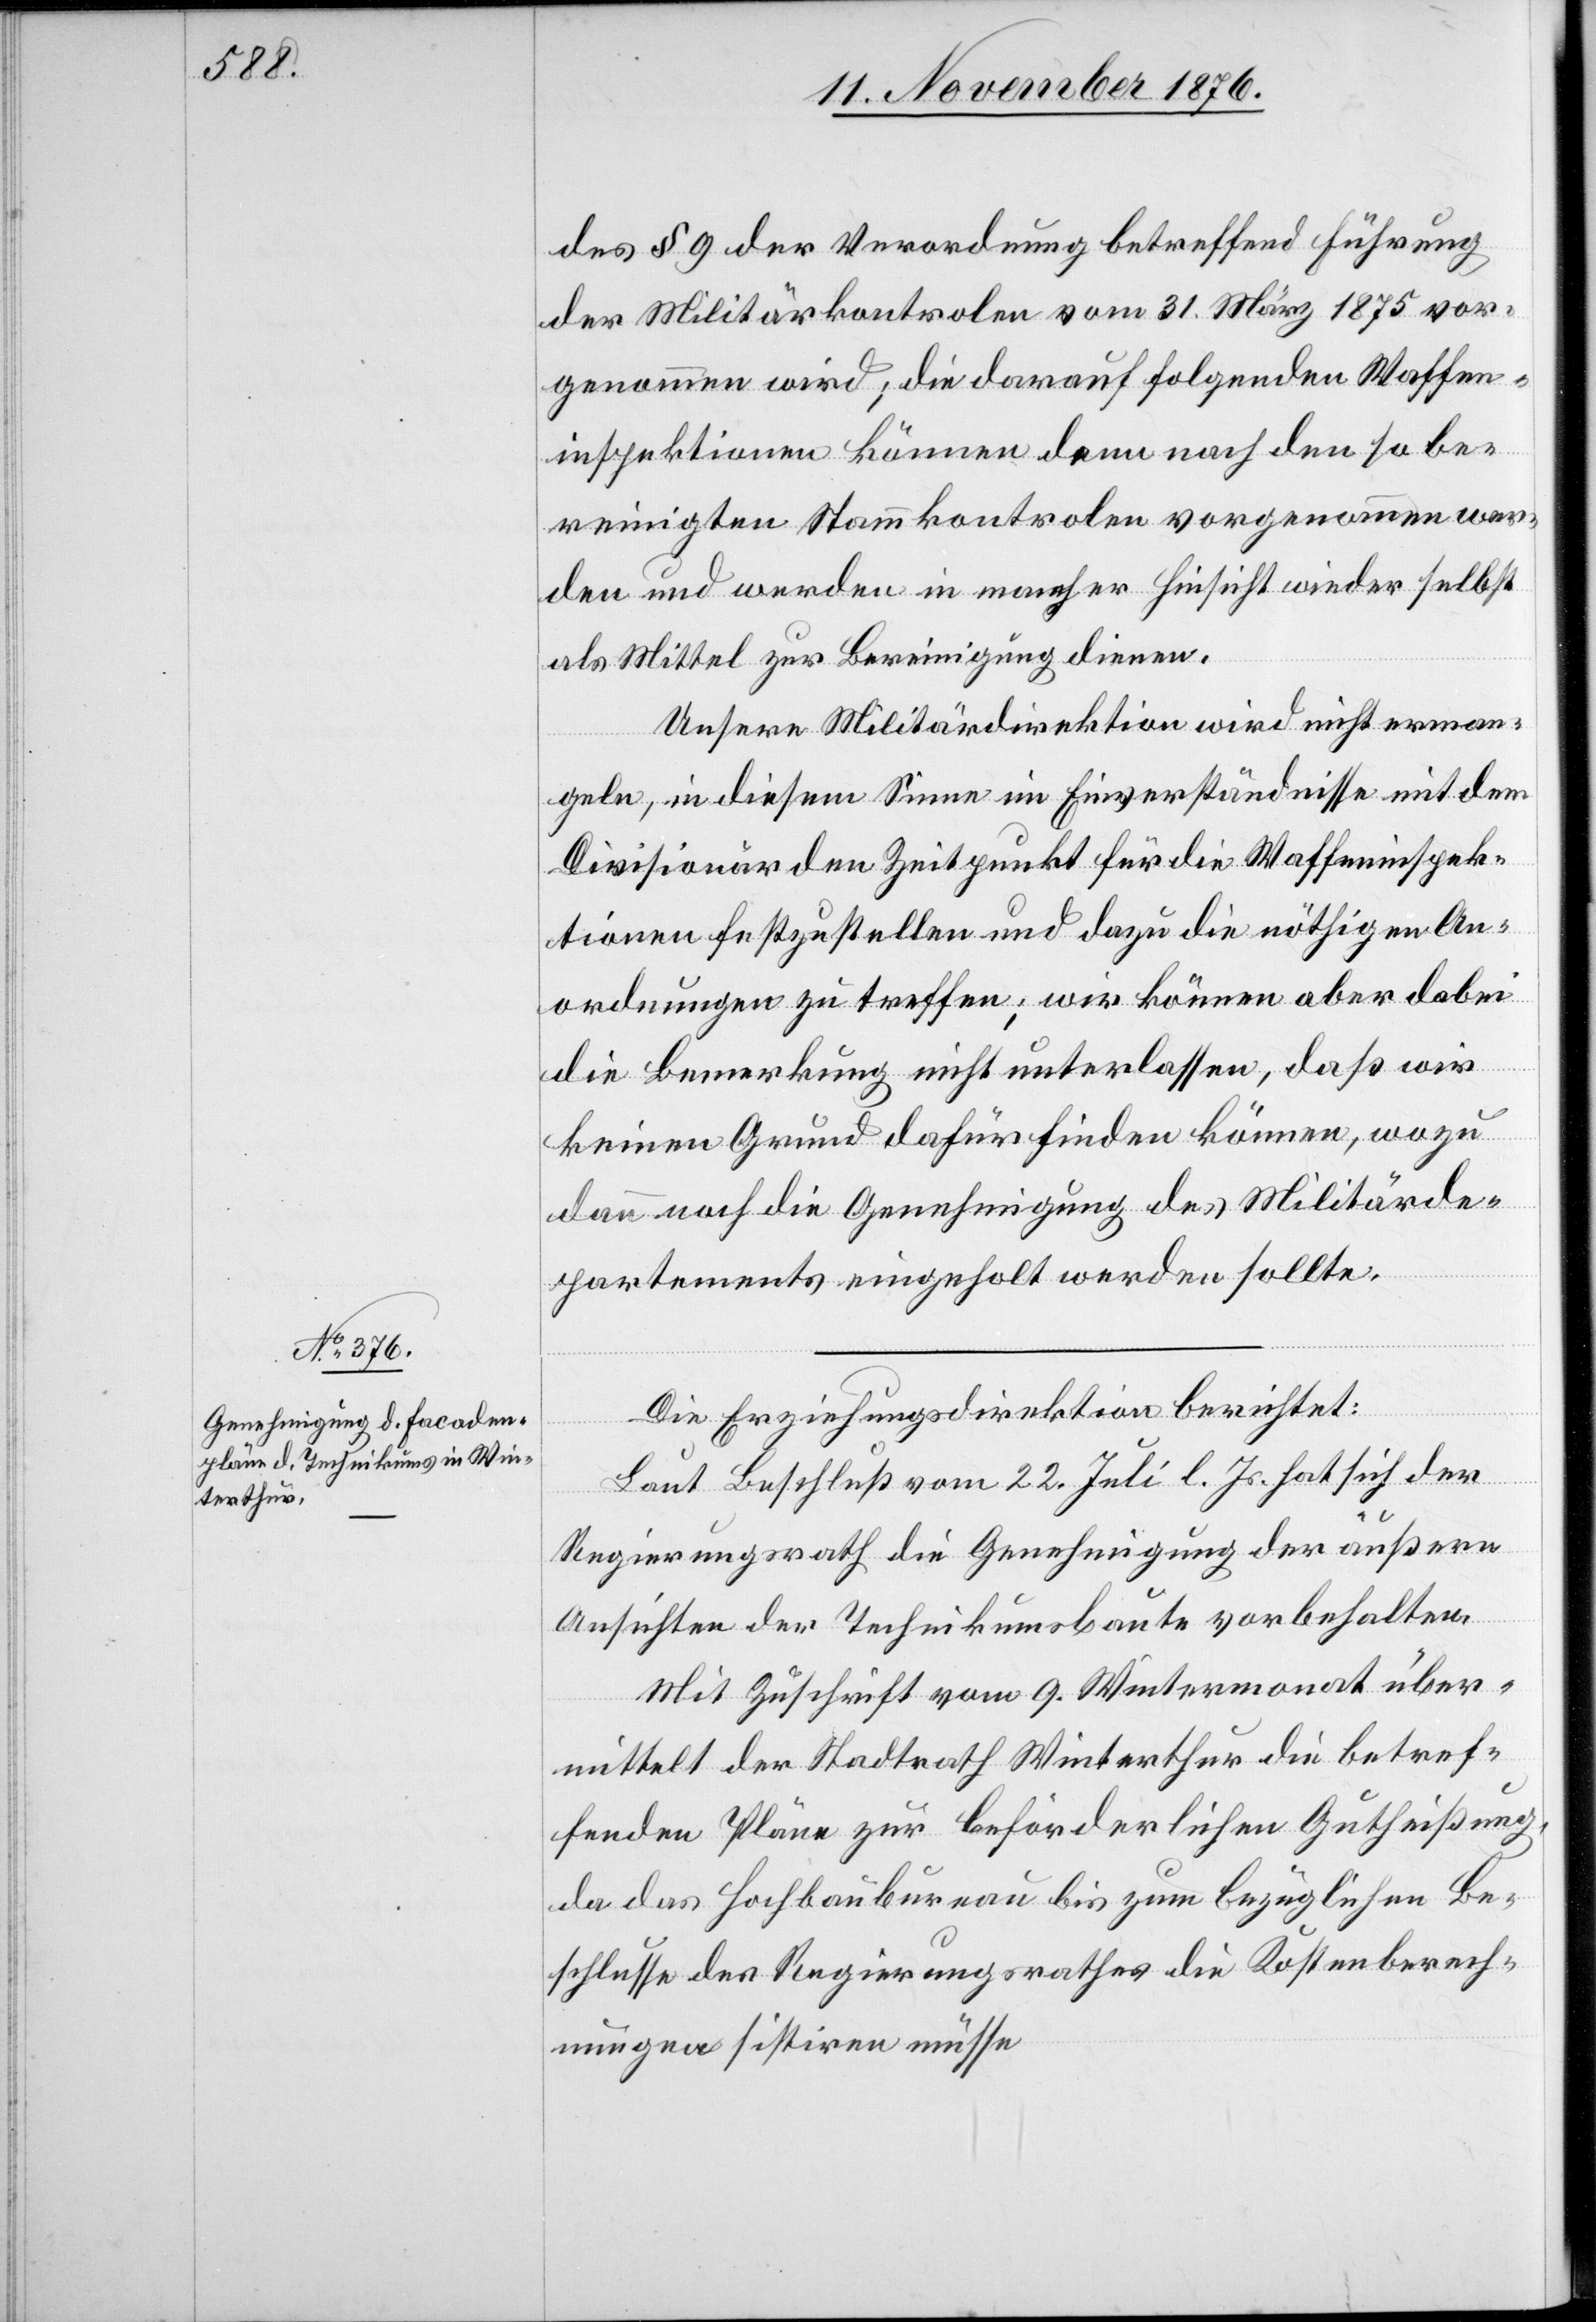
des § 9 der Verordnung betreffend Führung
der Militärkontrolen vom 31. März 1875 vor¬
genommen wird; die darauf folgenden Waffen¬
inspektionen können dann nach den so be¬
reinigten Stammkontrolen vorgenommen wer¬
den und werden in mancher Hinsicht wieder selbst
als Mittel zur Bereinigung dienen.
Unsere Militärdirektion wird nicht erman¬
geln, in diesem Sinne im Einverständnisse mit dem
Divisionär den Zeitpunkt für die Waffeninspek¬
tionen festzustellen und dazu die nöthigen An¬
ordnungen zu treffen; wir können aber dabei
die Bemerkung nicht unterlassen, daß wir
keinen Grund dafür finden können, wozu
dann noch die Genehmigung des Militärde¬
partements eingeholt werden sollte.
Die Erziehungsdirektion berichtet:
Laut Beschluß vom 22. Juli l. Js. hat sich der
Regierungsrath die Genehmigung der äußern
Ansichten der Technikumsbaute vorbehalten.
Mit Zuschrift vom 9. Wintermonat über¬
mittelt der Stadtrath Winterthur die betref¬
fenden Pläne zur beförderlichen Gutheißung,
da das Hochbaubureau bis zum bezüglichen Be¬
schlusse des Regierungsrathes die Kostenberech¬
nungen sistiren müsse[.]